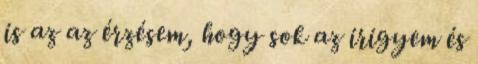
is az az érzésem, hogy sok az irigyem és